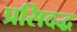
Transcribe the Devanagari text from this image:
प्रसिदद्ध